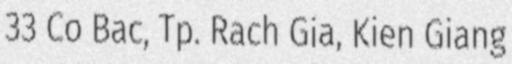
33 Co Bac, Tp. Rach Gia, Kien Giang